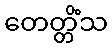
တေတ္တိံသ